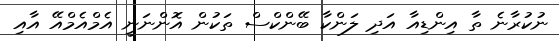
ނުކުރާނެ ތާ އިންޑިއާ އަދި ލަންކާ ބޭންކްސް ތަކުން އޮންނަނީ އެމްއެމްއޭ އާއި